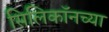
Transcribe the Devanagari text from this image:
सिलिकॉनच्या